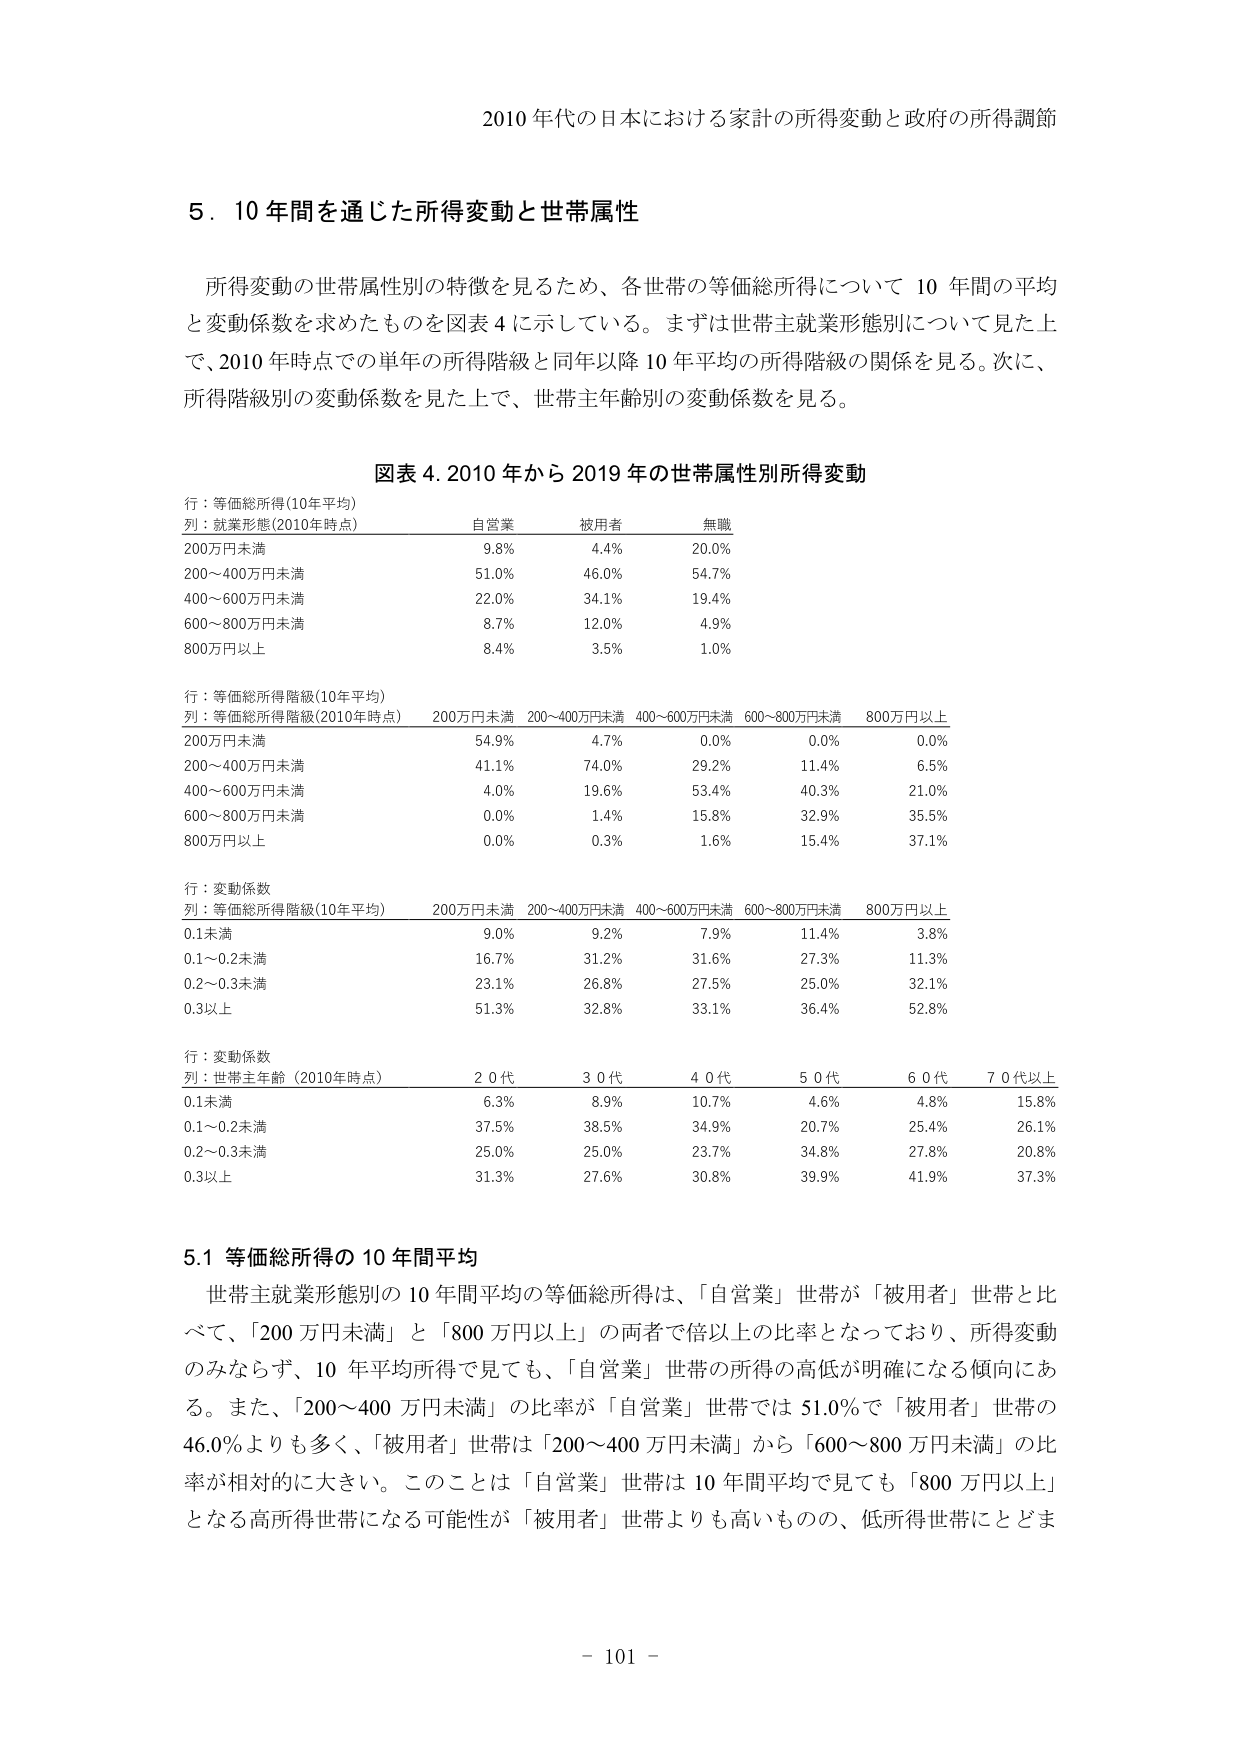
2010 年代の日本における家計の所得変動と政府の所得調節

5．10 年間を通じた所得変動と世帯属性

所得変動の世帯属性別の特徴を見るため、各世帯の等価総所得について 10 年間の平均と変動係数を求めたものを図表 4 に示している。まずは世帯主就業形態別について見た上で、2010 年時点での単年の所得階級と同年以降 10 年平均の所得階級の関係を見る。次に、所得階級別の変動係数を見た上で、世帯主年齢別の変動係数を見る。

図表 4. 2010 年から 2019 年の世帯属性別所得変動

行：等価総所得(10年平均)
列：就業形態(2010年時点)　自営業　被用者　無職
200万円未満　　　　　　　9.8%　　4.4%　　20.0%
200～400万円未満　　　　　51.0%　　46.0%　　54.7%
400～600万円未満　　　　　22.0%　　34.1%　　19.4%
600～800万円未満　　　　　8.7%　　12.0%　　4.9%
800万円以上　　　　　　　8.4%　　3.5%　　1.0%

行：等価総所得階級(10年平均)
列：等価総所得階級(2010年時点)　200万円未満　200～400万円未満　400～600万円未満　600～800万円未満　800万円以上
200万円未満　　　　　　　54.9%　　4.7%　　　0.0%　　　0.0%　　　0.0%
200～400万円未満　　　　　41.1%　　74.0%　　　29.2%　　　11.4%　　　6.5%
400～600万円未満　　　　　4.0%　　19.6%　　　53.4%　　　40.3%　　　21.0%
600～800万円未満　　　　　0.0%　　1.4%　　　15.8%　　　32.9%　　　35.5%
800万円以上　　　　　　　0.0%　　0.3%　　　1.6%　　　15.4%　　　37.1%

行：変動係数
列：等価総所得階級(10年平均)　200万円未満　200～400万円未満　400～600万円未満　600～800万円未満　800万円以上
0.1未満　　　　　　　　　9.0%　　9.2%　　　7.9%　　　11.4%　　　3.8%
0.1～0.2未満　　　　　　　16.7%　　31.2%　　　31.6%　　　27.3%　　　11.3%
0.2～0.3未満　　　　　　　23.1%　　26.8%　　　27.5%　　　25.0%　　　32.1%
0.3以上　　　　　　　　　51.3%　　32.8%　　　33.1%　　　36.4%　　　52.8%

行：変動係数
列：世帯主年齢（2010年時点）　20代　30代　40代　50代　60代　70代以上
0.1未満　　　　　　　　　6.3%　　8.9%　　10.7%　　4.6%　　4.8%　　15.8%
0.1～0.2未満　　　　　　　37.5%　　38.5%　　34.9%　　20.7%　　25.4%　　26.1%
0.2～0.3未満　　　　　　　25.0%　　25.0%　　23.7%　　34.8%　　27.8%　　20.8%
0.3以上　　　　　　　　　31.3%　　27.6%　　30.8%　　39.9%　　41.9%　　37.3%

5.1 等価総所得の 10 年間平均

世帯主就業形態別の 10 年間平均の等価総所得は、「自営業」世帯が「被用者」世帯と比べて、「200 万円未満」と「800 万円以上」の両者で倍以上の比率となっており、所得変動のみならず、10 年平均所得で見ても、「自営業」世帯の所得の高低が明確になる傾向にある。また、「200～400 万円未満」の比率が「自営業」世帯では 51.0% で「被用者」世帯の 46.0% よりも多く、「被用者」世帯は「200～400 万円未満」から「600～800 万円未満」の比率が相対的に大きい。このことは「自営業」世帯は 10 年間平均で見ても「800 万円以上」となる高所得世帯になる可能性が「被用者」世帯よりも高いものの、低所得世帯にとどま

- 101 -